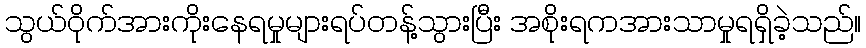
သွယ်ဝိုက်အားကိုးနေရမှုများရပ်တန့်သွားပြီး အစိုးရကအားသာမှုရရှိခဲ့သည်။